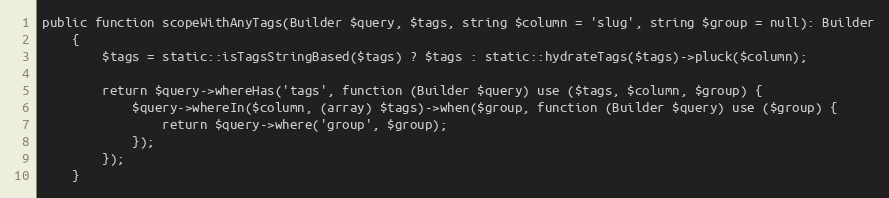
Language: PHP
public function scopeWithAnyTags(Builder $query, $tags, string $column = 'slug', string $group = null): Builder
    {
        $tags = static::isTagsStringBased($tags) ? $tags : static::hydrateTags($tags)->pluck($column);

        return $query->whereHas('tags', function (Builder $query) use ($tags, $column, $group) {
            $query->whereIn($column, (array) $tags)->when($group, function (Builder $query) use ($group) {
                return $query->where('group', $group);
            });
        });
    }